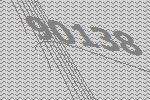
90138